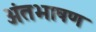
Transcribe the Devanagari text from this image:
अंतभाषण